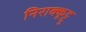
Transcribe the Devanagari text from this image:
निराक्कूट्टू